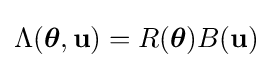
\Lambda ({\boldsymbol {\theta }},\mathbf {u} )=R({\boldsymbol {\theta }})B(\mathbf {u} )